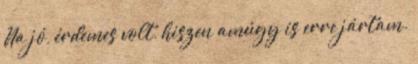
Na jó, érdemes volt, hiszen amúgy is erre jártam.